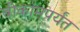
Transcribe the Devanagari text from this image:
बीकॉमपर्यंत